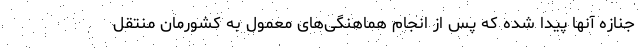
جنازه آنها پیدا شده که پس از انجام‌ هماهنگی‌های معمول به کشورمان منتقل